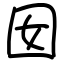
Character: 囡